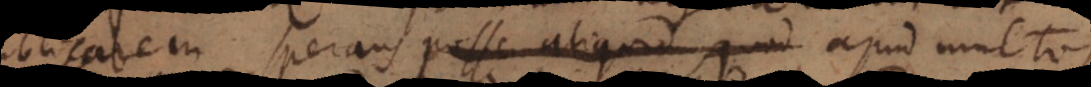
publicarem, sperans posse aliquid, quod apud multos